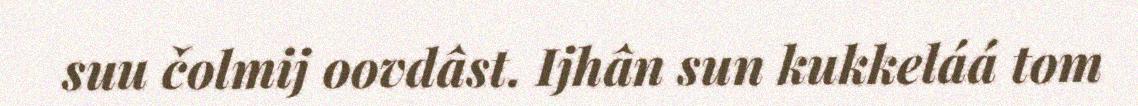
suu čolmij oovdâst. Ijhân sun kukkeláá tom